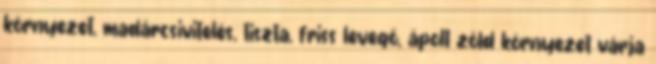
környezet, madárcsivitelés, tiszta, friss levegő, ápolt zöld környezet várja